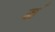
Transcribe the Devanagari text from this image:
म॔